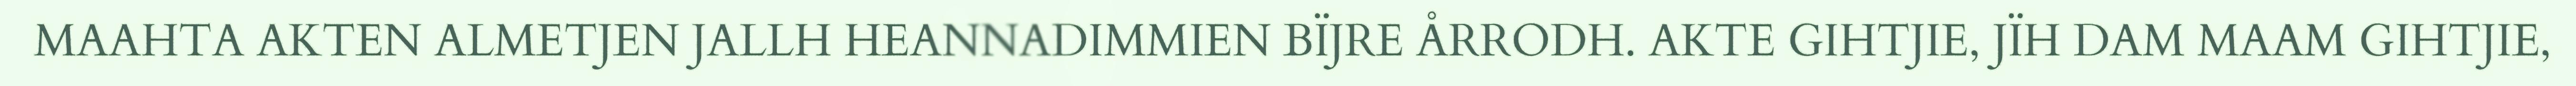
MAAHTA AKTEN ALMETJEN JALLH HEANNADIMMIEN BÏJRE ÅRRODH. AKTE GIHTJIE, JÏH DAM MAAM GIHTJIE,